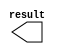
// megafunction wizard: %LPM_CONSTANT%VBB%
// GENERATION: STANDARD
// VERSION: WM1.0
// MODULE: lpm_constant 

// ============================================================
// Megafunction Name(s):
// 			lpm_constant
//
// Simulation Library Files(s):
// 			lpm
// ============================================================
// ************************************************************
// THIS IS A WIZARD-GENERATED FILE. DO NOT EDIT THIS FILE!
//
// 9.0 Build 184 04/29/2009 SP 1 SJ Web Edition
// ************************************************************

//Copyright (C) 1991-2009 Altera Corporation
//Your use of Altera Corporation's design tools, logic functions 
//and other software and tools, and its AMPP partner logic 
//functions, and any output files from any of the foregoing 
//(including device programming or simulation files), and any 
//associated documentation or information are expressly subject 
//to the terms and conditions of the Altera Program License 
//Subscription Agreement, Altera MegaCore Function License 
//Agreement, or other applicable license agreement, including, 
//without limitation, that your use is for the sole purpose of 
//programming logic devices manufactured by Altera and sold by 
//Altera or its authorized distributors.  Please refer to the 
//applicable agreement for further details.

module lpm_constant333 (
	result);

	output	[17:0]  result;

endmodule

// ============================================================
// CNX file retrieval info
// ============================================================
// Retrieval info: PRIVATE: INTENDED_DEVICE_FAMILY STRING "FLEX10KE"
// Retrieval info: PRIVATE: JTAG_ENABLED NUMERIC "0"
// Retrieval info: PRIVATE: JTAG_ID STRING "NONE"
// Retrieval info: PRIVATE: Radix NUMERIC "10"
// Retrieval info: PRIVATE: SYNTH_WRAPPER_GEN_POSTFIX STRING "0"
// Retrieval info: PRIVATE: Value NUMERIC "13611"
// Retrieval info: PRIVATE: nBit NUMERIC "18"
// Retrieval info: CONSTANT: LPM_CVALUE NUMERIC "13611"
// Retrieval info: CONSTANT: LPM_HINT STRING "ENABLE_RUNTIME_MOD=NO"
// Retrieval info: CONSTANT: LPM_TYPE STRING "LPM_CONSTANT"
// Retrieval info: CONSTANT: LPM_WIDTH NUMERIC "18"
// Retrieval info: USED_PORT: result 0 0 18 0 OUTPUT NODEFVAL result[17..0]
// Retrieval info: CONNECT: result 0 0 18 0 @result 0 0 18 0
// Retrieval info: LIBRARY: lpm lpm.lpm_components.all
// Retrieval info: GEN_FILE: TYPE_NORMAL lpm_constant333.v TRUE
// Retrieval info: GEN_FILE: TYPE_NORMAL lpm_constant333.inc FALSE
// Retrieval info: GEN_FILE: TYPE_NORMAL lpm_constant333.cmp TRUE
// Retrieval info: GEN_FILE: TYPE_NORMAL lpm_constant333.bsf TRUE FALSE
// Retrieval info: GEN_FILE: TYPE_NORMAL lpm_constant333_inst.v FALSE
// Retrieval info: GEN_FILE: TYPE_NORMAL lpm_constant333_bb.v TRUE
// Retrieval info: LIB_FILE: lpm